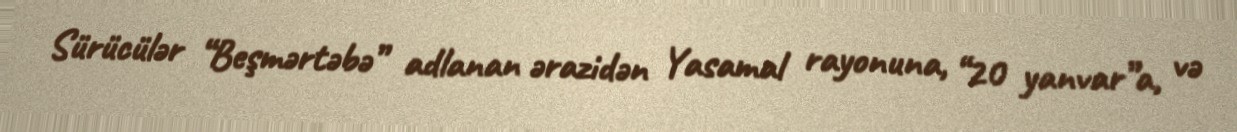
Sürücülər “Beşmərtəbə” adlanan ərazidən Yasamal rayonuna, “20 yanvar”a, və